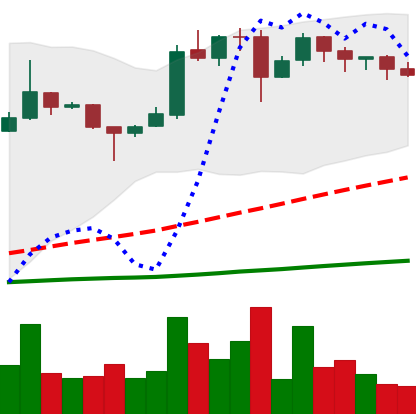
Ticker: BTC-USD
Chart end date: 2016-11-27
Forward return: 6.271%
Label: up_5_7